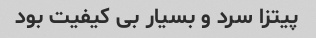
پیتزا سرد و بسیار بی کیفیت بود